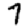
Digit: 7